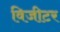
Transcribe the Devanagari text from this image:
विजीटर